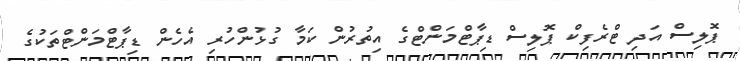
ޕޮލިސް އަދި ޓްރެފިކް ޕޮލިސް ޑިޕާޓްމަންޓްގެ އިތުރުން ކަމާ ގުޅުންހުރި އެހެން ޑިޕާޓްމަންޓްތަކުގެ